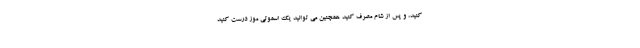
کنید، و پس از شام مصرف کنید همچنین می توانید یک اسموتی موز درست کنید